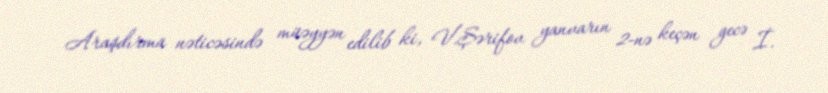
Araşdırma nəticəsində müəyyən edilib ki, V.Şərifov yanvarın 2-nə keçən gecə İ.